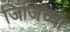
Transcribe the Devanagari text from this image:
जिंजिंच्या